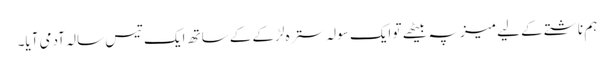
ہم ناشتے کے لیے میز پہ بیٹھے تو ایک سولہ سترہ لڑکے کے ساتھ ایک تیس سالہ آدمی آیا۔